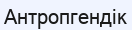
Антропгендік